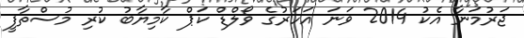
ޖަރުމަނާ އެކު 2014 ވަނަ އަހަރުގެ ވޯލްޑް ކަޕް ކާމިޔާބު ކުރި މުސްތާފީ